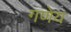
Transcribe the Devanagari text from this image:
गणेय